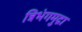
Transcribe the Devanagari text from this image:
त्रिभंगमुद्रा